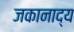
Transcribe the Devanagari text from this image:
जकानाद्य